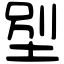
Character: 𡋾